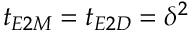
t _ { E 2 M } = t _ { E 2 D } = \delta ^ { 2 }